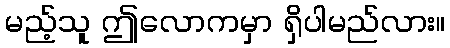
မည့်သူ ဤလောကမှာ ရှိပါမည်လား။